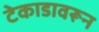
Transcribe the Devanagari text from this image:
टेकाडावरून